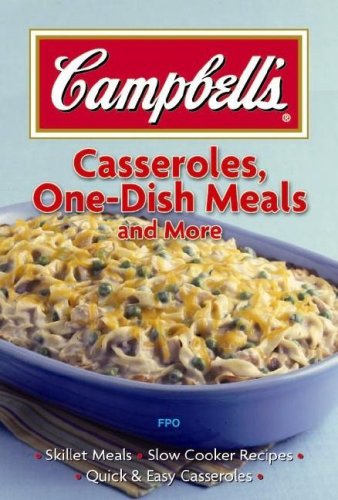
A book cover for Campbell's; Casseroles, One-Dish Meals and more; Cookbooks, Food & Wine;